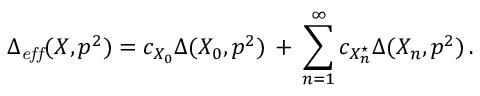
\Delta _ { \mathit { e f f } } ( X , p ^ { 2 } ) = c _ { X _ { 0 } } \Delta ( X _ { 0 } , p ^ { 2 } ) \, + \, \sum _ { n = 1 } ^ { \infty } c _ { X _ { n } ^ { \star } } \Delta ( X _ { n } , p ^ { 2 } ) \, .